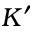
K ^ { \prime }